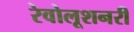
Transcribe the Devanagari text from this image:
रेवोलूशनरी